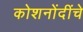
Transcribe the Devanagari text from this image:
कोशनोंदींचे